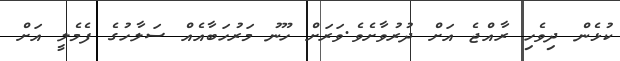
ކުޅެން ދިވެހި ރާއްޖެ އަށް ދުރުވާށެވެ.ވަރަށް ހޫނު މަރުހަބާއެއް ސަލާހުގެ ފެމެލީ އަށް